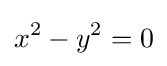
x^{2}-y^{2}=0